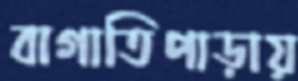
বাগাতিপাড়ায়